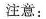
注意：